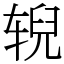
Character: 𫐐